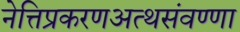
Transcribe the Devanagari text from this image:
नेत्तिप्रकरणअत्थसंवण्णा